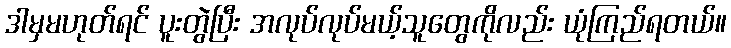
ဒါမှမဟုတ်ရင် ပူးတွဲပြီး အလုပ်လုပ်မယ့်သူတွေကိုလည်း ယုံကြည်ရတယ်။